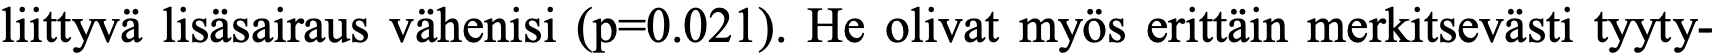
liittyvä lisäsairaus vähenisi (p=0.021). He olivat myös erittäin merkitsevästi tyyty-